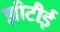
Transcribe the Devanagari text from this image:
झीटीई